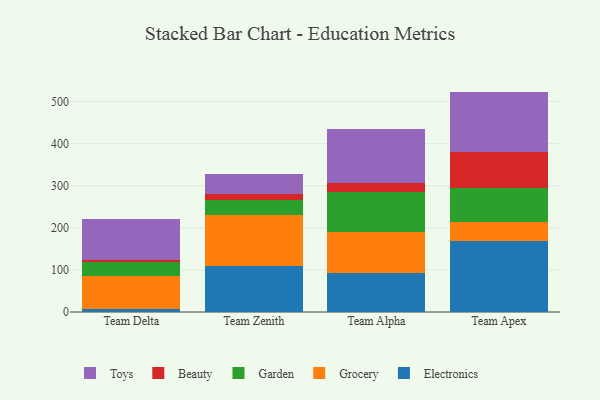
{"axis": {"x": "Team", "y": "Revenue (USD Million)"}, "legend": ["Beauty", "Electronics", "Garden", "Grocery", "Toys"], "data": [{"x": "Team Delta", "y": 7.0, "type": "Electronics"}, {"x": "Team Delta", "y": 79.3, "type": "Grocery"}, {"x": "Team Delta", "y": 32.9, "type": "Garden"}, {"x": "Team Delta", "y": 5.0, "type": "Beauty"}, {"x": "Team Delta", "y": 97.2, "type": "Toys"}, {"x": "Team Zenith", "y": 109.9, "type": "Electronics"}, {"x": "Team Zenith", "y": 119.7, "type": "Grocery"}, {"x": "Team Zenith", "y": 37.2, "type": "Garden"}, {"x": "Team Zenith", "y": 14.5, "type": "Beauty"}, {"x": "Team Zenith", "y": 45.5, "type": "Toys"}, {"x": "Team Alpha", "y": 93.6, "type": "Electronics"}, {"x": "Team Alpha", "y": 96.6, "type": "Grocery"}, {"x": "Team Alpha", "y": 95.9, "type": "Garden"}, {"x": "Team Alpha", "y": 21.2, "type": "Beauty"}, {"x": "Team Alpha", "y": 127.8, "type": "Toys"}, {"x": "Team Apex", "y": 169.5, "type": "Electronics"}, {"x": "Team Apex", "y": 44.9, "type": "Grocery"}, {"x": "Team Apex", "y": 80.6, "type": "Garden"}, {"x": "Team Apex", "y": 85.4, "type": "Beauty"}, {"x": "Team Apex", "y": 143.2, "type": "Toys"}]}